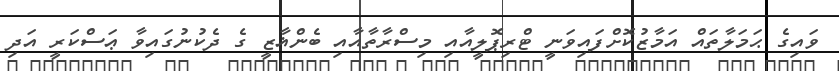
ވައިގެ ޙަމަލާތައް އަމާޒުކޮށްފައިވަނީ ޓްރިޕޮލީއާއި މިސްރާތާއާއި ބެންޣާޒީ ގެ ދެކުނުގައިވާ ޢަސްކަރީ އަދި